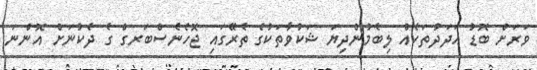
ވަރަށް ބޮޑު އަދަދުތަކެއް ލިބެމުންދިޔަ ޝަކުވާތަކުގެ ތެރޭގައި ޖޮހެނެސްބަރގް ގެ ދެކުނަށް އޮންނަ